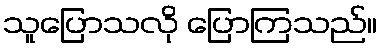
သူပြောသလို ပြောကြသည်။